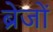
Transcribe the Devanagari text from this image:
ब्रेजों